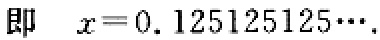
即 \(x = 0.125125125\cdots\)